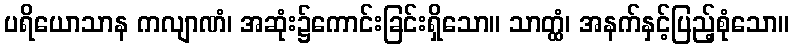
ပရိယောသာန ကလျာဏံ၊ အဆုံး၌ကောင်းခြင်းရှိသော။ သာတ္ထံ၊ အနက်နှင့်ပြည့်စုံသော။